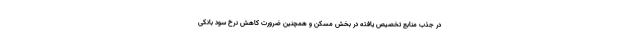
در جذب منابع تخصیص یافته در بخش مسکن و همچنین ضرورت کاهش نرخ سود بانکی